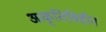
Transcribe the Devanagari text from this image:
आकृतिविहीन